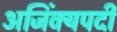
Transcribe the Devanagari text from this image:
अजिंक्यपदी